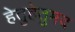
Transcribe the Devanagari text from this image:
हेतुहेतुमद